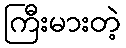
ကြီးမားတဲ့